Annual statistical returns and brief notes on vaccination in Bengal - 1909-1929
Year: 1909
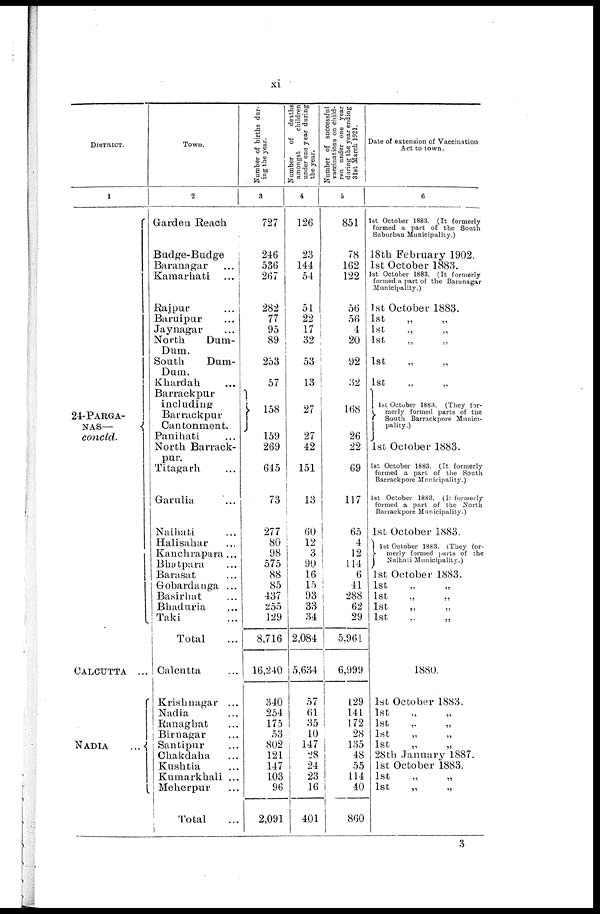
xi
DISTRICT.
1
24-PARGA¬
NAS—
concld.
CALCUTTA ...
NADIA
...
Town.
2
Garden Reach
Badge-Budge
Baranagar ...
Kamarhati ...
Rajpur ...
Baruipur ...
Jaynagar ...
North
Dum-
Dum.
South
Dum-
Dum.
Khardah ...
Barrackpur
including
Barrackpur
Cantonment.
Panihati ...
North Barrack-
pur.
Titagarh ...
Garulia ...
Naihati ...
Halisahar ...
Kanchrapara ...
Bhytpara ...
Barasat ...
Gobardanga ...
Basirhat ...
Bhaduria ...
Taki ...
Total ...
Calcutta ...
Krishnagar ...
Nadia ...
Ranaghat ...
Birnagar ...
Santipur ...
Chakdaha ...
Kushtia ...
Kumarkhali ...
Meherpur ...
Total
...
Number of births dur-
ing the year.
3
727
246
536
267
282
77
95
89
253
57
158
159
269
645
73
277
80
98
575
88
85
437
255
129
8,716
16,240
340
254
175
53
802
121
147
103
96
2,091
Number
of
deaths
amongst
children
under one year during
the year.
4
126
23
144
54
51
22
17
32
53
13
27
27
42
151
13
60
12
3
90
16
15
93
33
34
2,084
5,634
57
61
35
10
147
28
24
23
16
401
Number of successful
vaccinations on child-
ren under one year
during the year ending
31st March 1921.
5
851
78
162
122
56
56
4
20
92
32
168
26
22
69
117
65
4
12
114
6
41
288
62
29
5,961
6,999
129
141
172
28
135
48
55
114
40
860
Date of extension of Vaccination
Act to town.
6
1st October 1883. (It formerly
formed a part of the South
Suburban Municipality.)
18th February 1902.
1st October 1883.
1st October 1883. (It formerly
formed a part of the Baranagar
Municipality.)
1st October 1883.
1st „ „
1st „ „
1st „ „
1st „ „
1st „ „
1st October 1883. (They for¬
merly formed parts of the
South Barrack pore Munici-
pality.)
1st October 1883.
1st October 1883. (It formerly
formed a part of the South
Barrackpore Municipality.)
1st October 1883. (It formerly
formed a part of the North
Barrackpore Municipality.)
1st October 1883.
1st October 1883. (They for¬
merly formed parts of the
Naihati Municipality.)
1st October 1883.
1st
„
„
1st „ „
1st „ „
1st „ „
1880.
1st October 1883.
1st „ „
1st „ „
1st „ „
1st
„
„
28th January 1887.
1st October 1883.
1st
„
„
1st
„
„
3